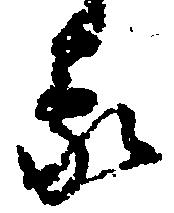
蒙